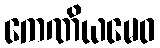
ကေဏိယမေဝ